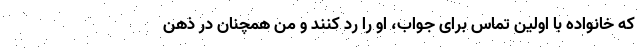
که خانواده با اولین تماس برای جواب، او را رد کنند و من همچنان در ذهن